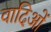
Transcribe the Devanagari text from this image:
वादिओं